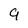
Character: 9